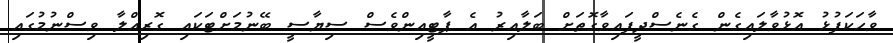
ވާހަކަފުޅު އޮޅުވާލައިގެން ގެނެސްދީފައިވާގޮތަށް ބަލާއިރު އެ ޕާޓީއިންވެސް ސިޔާސީ ބޭނުމަށްޓަކައި ގޮރިއްލާ ވިސްނުމުގައި